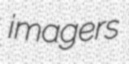
imagers